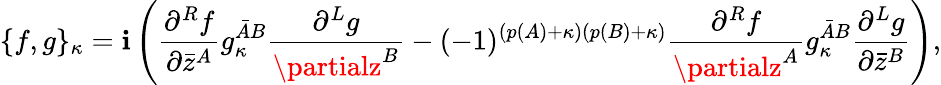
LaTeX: \{ f,g\} _{\kappa}=\mathbf{i}\left(\frac{{\partial^{R}f}}{{\partial\bar{{z}}^{A}}}g_{\kappa}^{{\bar{{A}}}B}\frac{{\partial^{L}g}}{{\partialz^{B}}}-(-1)^{(p(A)+\kappa)(p(B)+\kappa)}\frac{{\partial^{R}f}}{{\partialz^{A}}}g_{\kappa}^{{\bar{{A}}}B}\frac{{\partial^{L}g}}{{\partial\bar{{z}}^{B}}}\right),